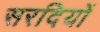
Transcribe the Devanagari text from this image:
सरदियों